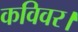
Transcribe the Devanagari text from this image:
कविवर।